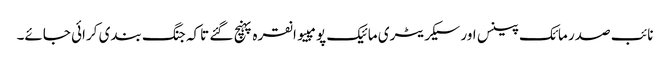
نائب صدر مائک پینس اور سیکریٹری مائیک پومپیو انقرہ پہنچ گئے تاکہ جنگ بندی کرائی جائے۔